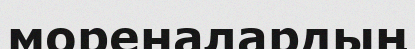
мореналардың